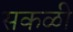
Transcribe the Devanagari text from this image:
सकळी